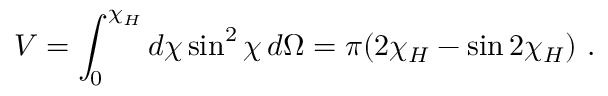
V = \int _ { 0 } ^ { \chi _ { H } } d \chi \sin ^ { 2 } \chi \, d \Omega = \pi ( 2 \chi _ { H } - \sin 2 \chi _ { H } ) \ .